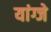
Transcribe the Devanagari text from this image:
यांग्जे